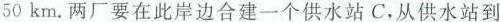
50km。两厂要在此岸边合建一个供水站C，从供水站到